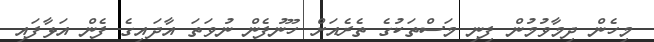
މިހެން ދިމާވުމުން ފިނި މަސްތަކުގެ ތެރެއަށް ހޫނުފެން ނުވަތަ އާދައިގެ ފެން އަޅާފައި